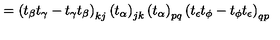
= \left( t _ { \beta } t _ { \gamma } - t _ { \gamma } t _ { \beta } \right) _ { k j } \left( t _ { \alpha } \right) _ { j k } \left( t _ { \alpha } \right) _ { p q } \left( t _ { \epsilon } t _ { \phi } - t _ { \phi } t _ { \epsilon } \right) _ { q p }